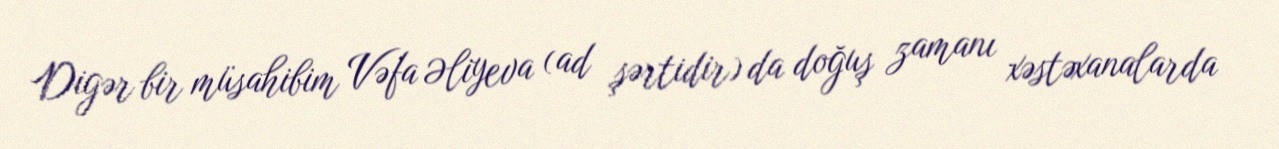
Digər bir müsahibim Vəfa Əliyeva (ad şərtidir) da doğuş zamanı xəstəxanalarda